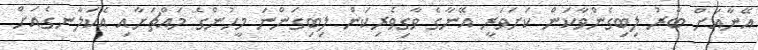
އޭނާއަށް ބާރު ލިބިގެންވާކަން ކަށަވަރީ އޭނާގެ ވާގިވެރިކަން ލިބިގަންނަ މީހުންގެ މައްޗަށާއި އެކަލާނގެއަށް